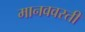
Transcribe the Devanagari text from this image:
मानववस्ती